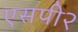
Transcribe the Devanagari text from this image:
एसपी२